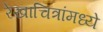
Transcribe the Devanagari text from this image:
रेखाचित्रांमध्ये